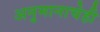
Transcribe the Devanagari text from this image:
अनुमानाचेही